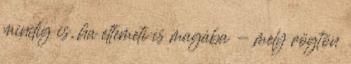
mindig is, ha eltemeti is magába - mely rögtön